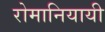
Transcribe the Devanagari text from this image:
रोमानियायी